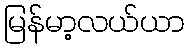
မြန်မာ့လယ်ယာ